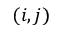
( i , j )